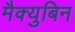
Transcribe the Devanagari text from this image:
मैक्युबिन